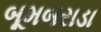
બૂમબરાડા